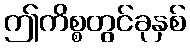
ဤကိစ္စတွင်ခုနှစ်